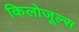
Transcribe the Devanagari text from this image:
किलोजूल्स